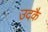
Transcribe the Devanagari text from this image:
उदकै